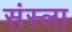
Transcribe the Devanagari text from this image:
संस्ला